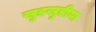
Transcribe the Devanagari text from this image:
खुडखुडीया